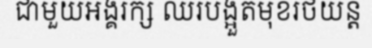
ជាមួយអង្គរក្ស ឈរបង្អួតមុខរថយន្ត